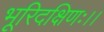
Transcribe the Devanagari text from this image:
भूरिदक्षिणः।।